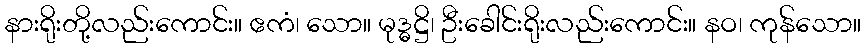
နားရိုးတို့လည်းကောင်း။ ဧကံ၊ သော။ မုဒ္ဓဋ္ဌိ၊ ဦးခေါင်းရိုးလည်းကောင်း။ နဝ၊ ကုန်သော။